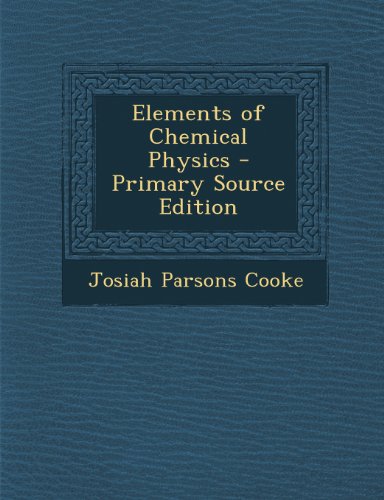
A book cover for Elements of Chemical Physics; Josiah Parsons Cooke; Science & Math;